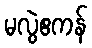
မလွဲဧကန်